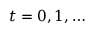
t = 0 , 1 , \ldots